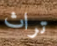
تراث